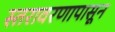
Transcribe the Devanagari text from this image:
स्तरावरणापासून